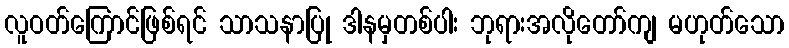
လူဝတ်ကြောင်ဖြစ်ရင် သာသနာပြု ဒါနမှတစ်ပါး ဘုရားအလိုတော်ကျ မဟုတ်သော